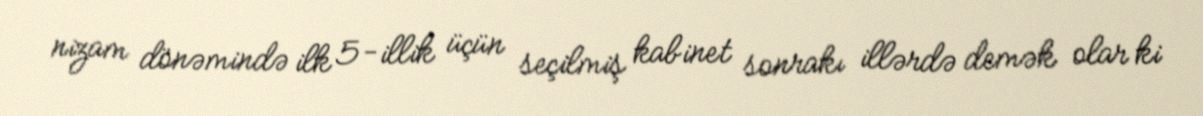
nizam dönəmində ilk 5-illik üçün seçilmiş kabinet sonrakı illərdə demək olar ki